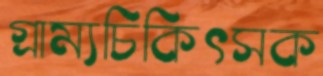
গ্রাম্যচিকিৎসক